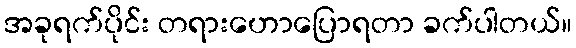
အခုရက်ပိုင်း တရားဟောပြောရတာ ခက်ပါတယ်။